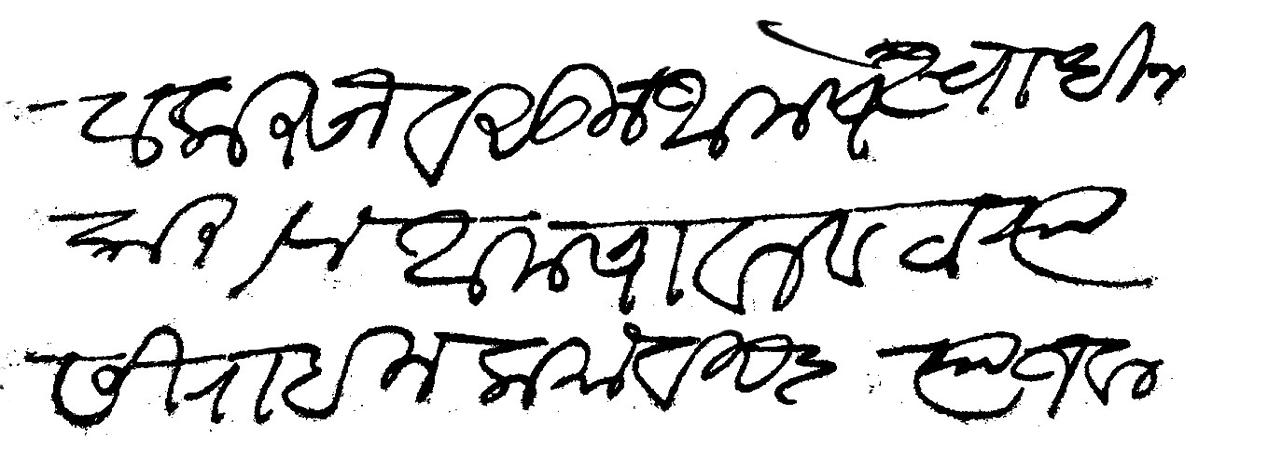
Transliteration (Devanagari): मामलत करून वसूल वसूल स्वाधीन करावा आमचा वलवटा त्यासी राहील कमाविसदार त्याजवल